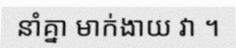
នាំគ្នា មាក់ងាយ វា ។